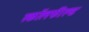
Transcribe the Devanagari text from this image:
स्कॉलफील्ड